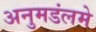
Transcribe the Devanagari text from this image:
अनुमडंलमे